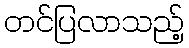
တင်ပြလာသည့်